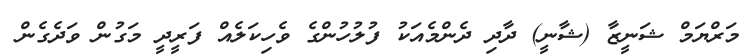
މަރްޔަމް ޝަނީޒާ (ޝާނީ) ދާދި ދެންމެއަކު ފުލުހުންގެ ވެހިކަލެއް ފަރީދީ މަގުން ވަދެގެން